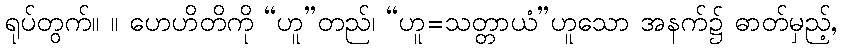
ရုပ်တွက်။ ။ ဟေဟိတိကို “ဟူ”တည်၊ “ဟူ=သတ္တာယံ”ဟူသော အနက်၌ ဓာတ်မှည့်,